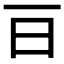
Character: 𣄼